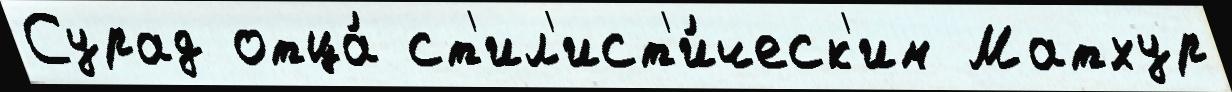
Сурад отца́ ст'ил'ист'и́ческ'им Матхур